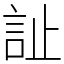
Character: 訨